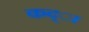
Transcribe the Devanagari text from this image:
कद्ा